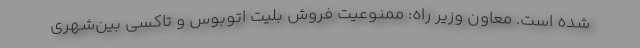
شده است. معاون وزیر راه: ممنوعیت فروش بلیت اتوبوس و تاکسی بین‌شهری